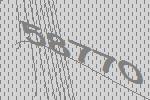
58770